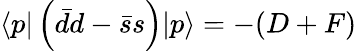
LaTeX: \langle p|\left(\bar{d}d-\bar{s}s\right)|p\rangle=-(D+F)